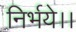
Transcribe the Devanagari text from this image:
निर्भये।।